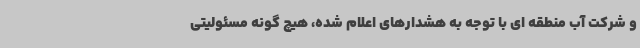
و شرکت آب منطقه ای با توجه به هشدارهای اعلام شده، هیچ گونه مسئولیتی